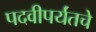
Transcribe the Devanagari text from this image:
पदवीपर्यंतचेे